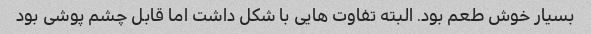
بسیار خوش طعم بود. البته تفاوت هایی با شکل داشت اما قابل چشم پوشی بود